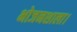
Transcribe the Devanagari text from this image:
भोजनशाला।